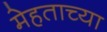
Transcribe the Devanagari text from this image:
मेहताच्या